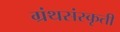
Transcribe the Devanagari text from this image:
ग्रंथसंस्कृती